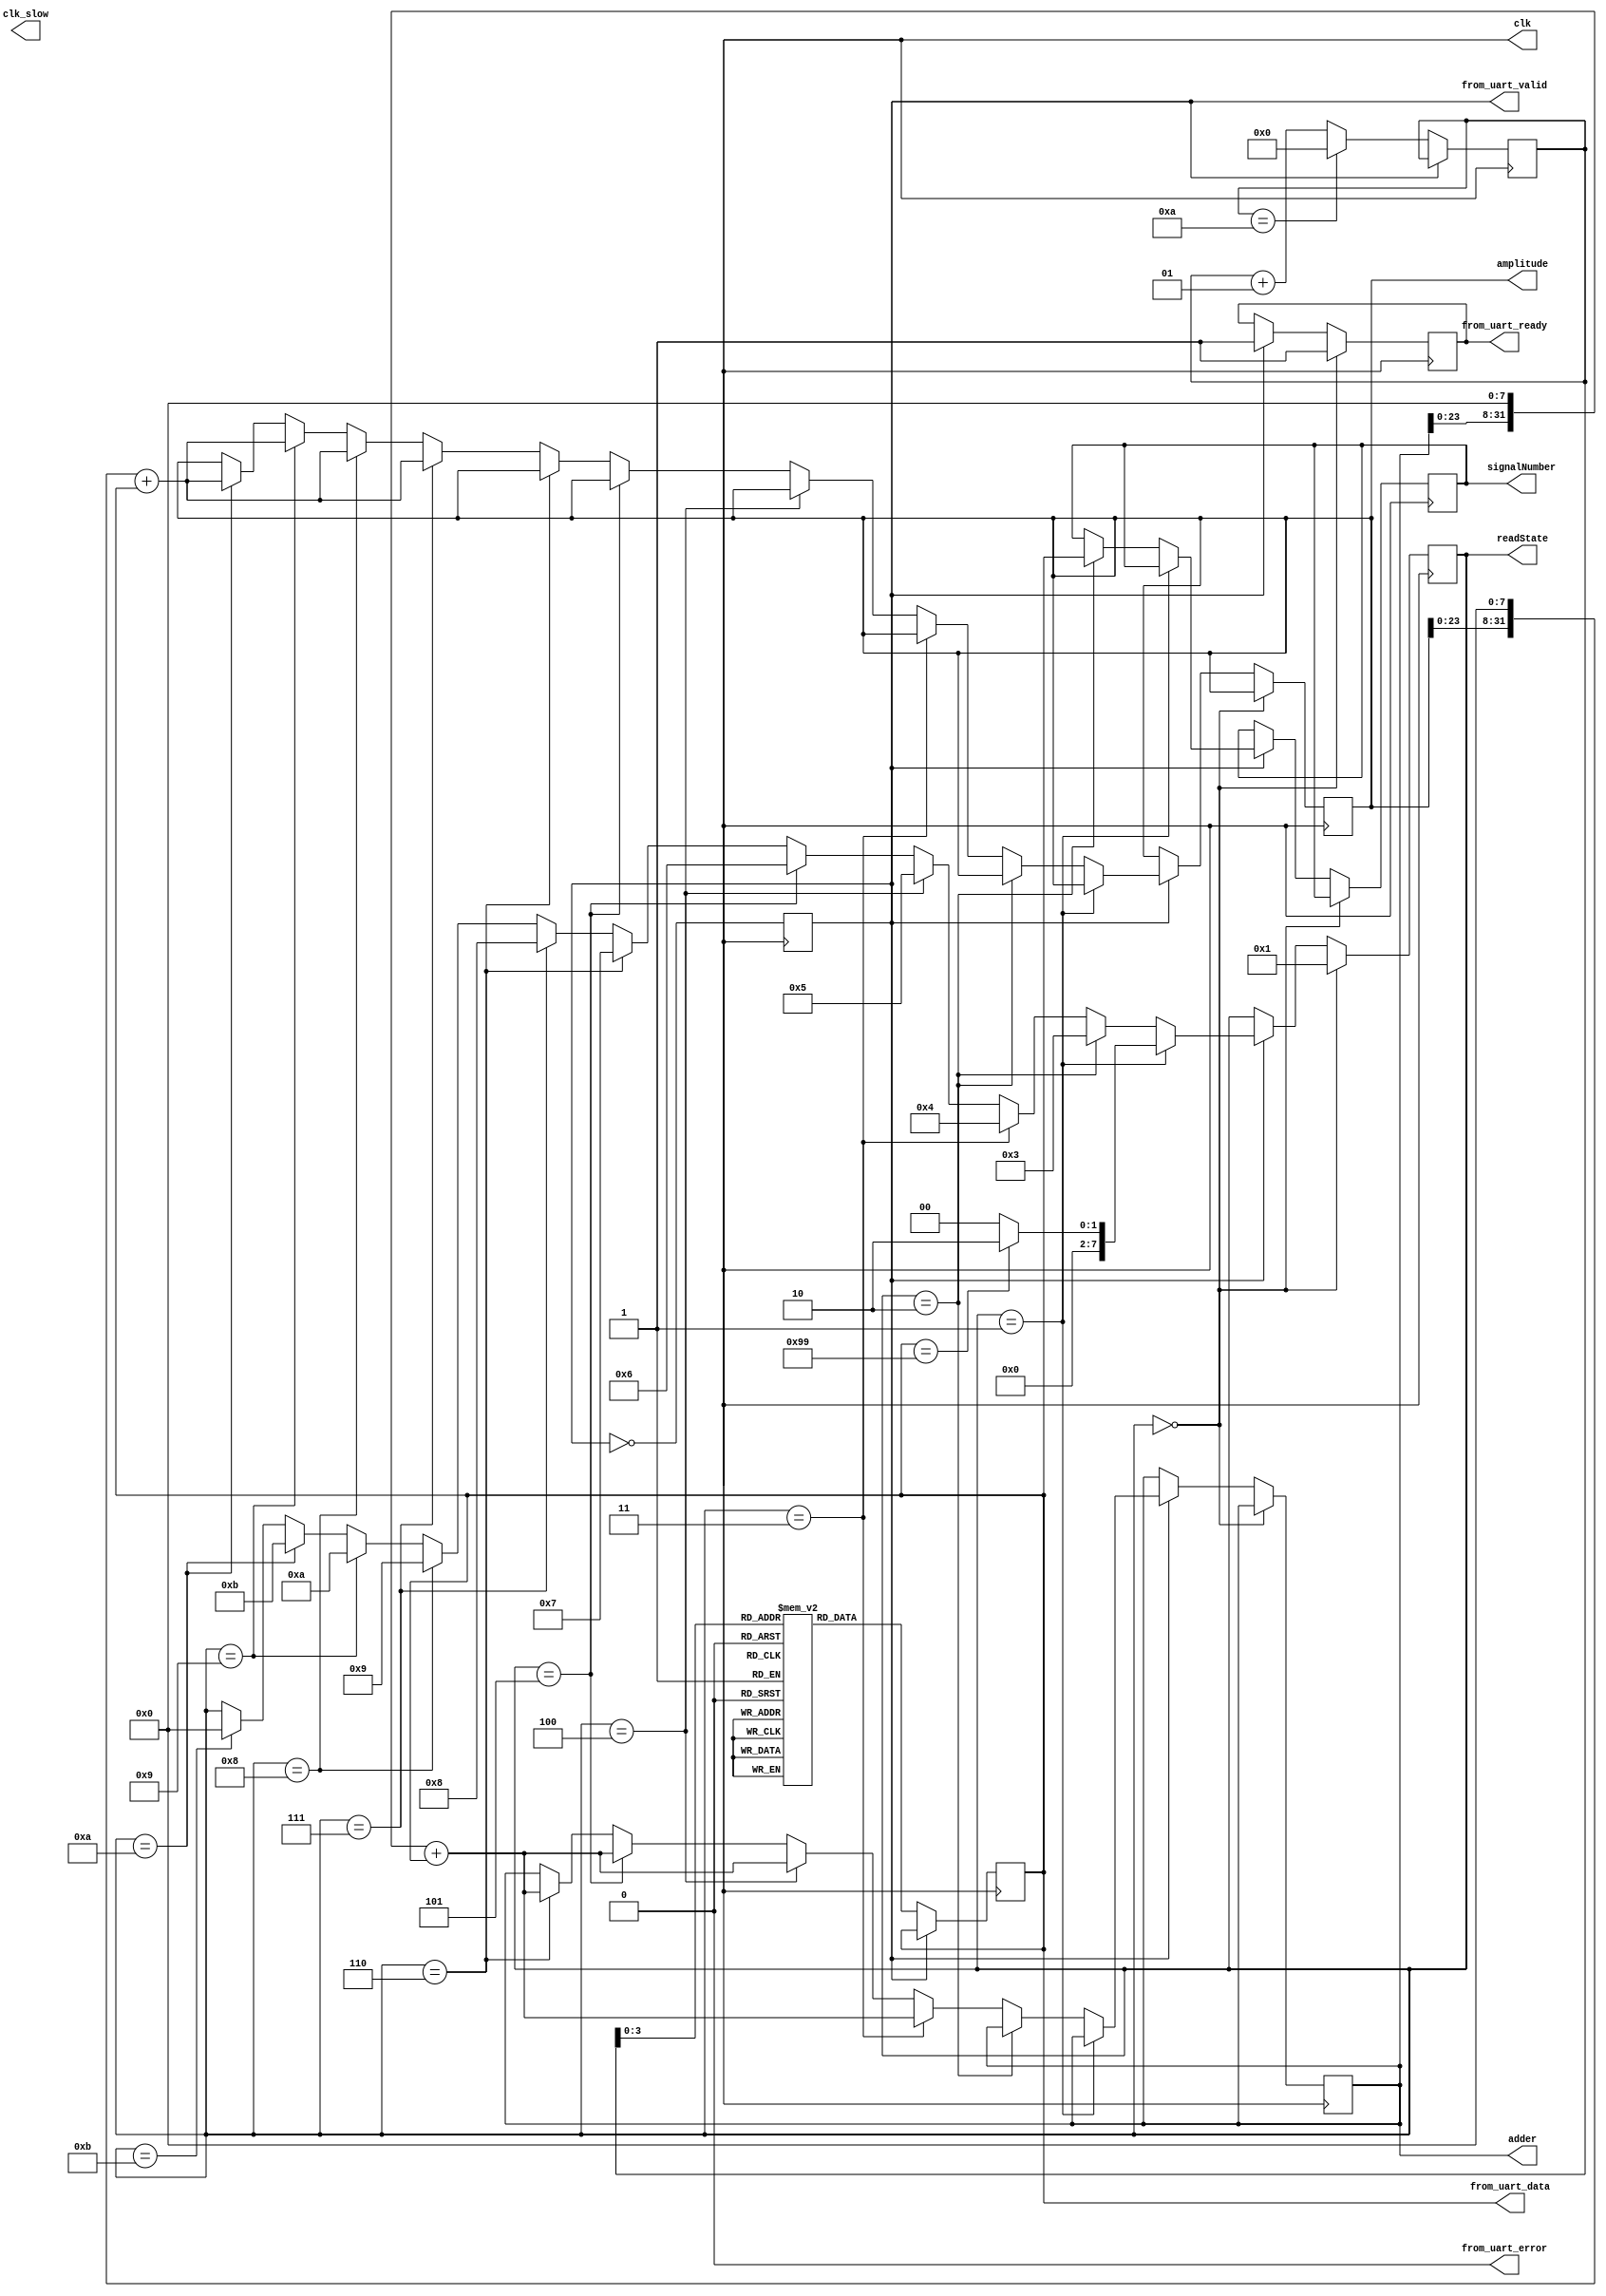
module uartRxTest(
	output reg from_uart_ready, 			// should be 1 to read from uart (from_uart_ready = 1'd1)

	output reg clk,
	output reg clk_slow,
	output reg [7:0] from_uart_data,
	output reg from_uart_error,
	output reg from_uart_valid,
	
	output reg [7:0] signalNumber,
	output reg [31:0] adder,
	output reg [31:0] amplitude,
	
	output reg [7:0] readState
);
	// read state machine
	parameter UART_READY_READ 				= 8'd0; 	// SOM - Start of message
	parameter UART_READ_SOM 				= 8'd1; 	// SOM - Start of message 
	parameter UART_READ_SIGNAL_NUMBER 	= 8'd2;
	parameter UART_READ_ADDER_31_24	 	= 8'd3;
	parameter UART_READ_ADDER_23_16 		= 8'd4;
	parameter UART_READ_ADDER_15_8 		= 8'd5;
	parameter UART_READ_ADDER_7_0 		= 8'd6;
	parameter UART_READ_AMPL_31_24	 	= 8'd7;
	parameter UART_READ_AMPL_23_16 		= 8'd8;
	parameter UART_READ_AMPL_15_8 		= 8'd9;
	parameter UART_READ_AMPL_7_0 			= 8'd10;
	parameter UART_READ_EOM 				= 8'd11; // EOM - End of message
	
	parameter UART_SOM 						= 8'd153;
	parameter UART_EOM 						= 8'd235;
	
	// read state
	initial readState	<= UART_READY_READ;
	
	// ---------- SIMULATION ----------
	
	initial signalNumber = 8'd0;
	initial adder = 32'd1000000;
	initial amplitude = 32'd1000000;
	
	initial clk = 1'd0;
	always #10 clk = ~clk;
	
	//initial from_uart_data = 8'd255;
	initial from_uart_error = 1'd0;
	initial from_uart_valid = 1'd0;
	
	reg [7:0] msg [10:0];
	integer i = 32'd0;
	initial begin
		for(i = 0; i < 11; i = i + 1) begin
			case (i)
				0: msg[i] <= 8'd153;
				1:	msg[i] <= 8'd1;
				2: msg[i] <= 8'd2;
				3: msg[i] <= 8'd3;
				4: msg[i] <= 8'd4;
				5: msg[i] <= 8'd5;
				6: msg[i] <= 8'd6;
				7: msg[i] <= 8'd7;
				8: msg[i] <= 8'd8;
				9: msg[i] <= 8'd9;
				10: msg[i] <= 8'd235;
			endcase
		end
	end
	
	integer j = 32'd0;
	always @(posedge clk) begin
		from_uart_valid <= ~from_uart_valid;
		if (~from_uart_valid) begin
			j <= (j == 10) ? 0 : j + 1;
			from_uart_data <= msg[j];
		end
	end
	
	// --------------------------------
	
	always @(posedge clk) begin
		if (readState == UART_READY_READ) begin
				from_uart_ready <= 1'd1;
				readState <= UART_READ_SOM;
			end
				else if (from_uart_valid) begin
					from_uart_ready <= 1'd0; // processing input
					
					if (readState == UART_READ_SOM) begin
							readState <= (from_uart_data == UART_SOM) ? UART_READ_SIGNAL_NUMBER : UART_READY_READ; /* handle error */
						end
							else if (readState == UART_READ_SIGNAL_NUMBER) begin
								signalNumber <= from_uart_data;
								readState <= UART_READ_ADDER_31_24;
							end
								else if (readState == UART_READ_ADDER_31_24) begin
									adder <= (adder << 8) + from_uart_data;
									readState <= UART_READ_ADDER_23_16;
								end
									else if (readState == UART_READ_ADDER_23_16) begin
										adder <= (adder << 8) + from_uart_data;
										readState <= UART_READ_ADDER_15_8;
									end
										else if (readState == UART_READ_ADDER_15_8) begin
											adder <= (adder << 8) + from_uart_data;
											readState <= UART_READ_ADDER_7_0;
										end
											else if (readState == UART_READ_ADDER_7_0) begin
												adder <= (adder << 8) + from_uart_data;
												readState <= UART_READ_AMPL_31_24;
											end
												else if (readState == UART_READ_AMPL_31_24) begin
													amplitude <= (amplitude << 8) + from_uart_data;
													readState <= UART_READ_AMPL_23_16;
												end
													else if (readState == UART_READ_AMPL_23_16) begin
														amplitude <= (amplitude << 8) + from_uart_data;
														readState <= UART_READ_AMPL_15_8;
													end
														else if (readState == UART_READ_AMPL_15_8) begin
															amplitude <= (amplitude << 8) + from_uart_data;
															readState <= UART_READ_AMPL_7_0;
														end
															else if (readState == UART_READ_AMPL_7_0) begin
																amplitude <= (amplitude << 8) + from_uart_data;
																readState <= UART_READ_EOM;
															end
																else if (readState == UART_READ_EOM) begin
																	readState <= (from_uart_data == UART_EOM) ? UART_READY_READ: UART_READY_READ; /* handle error */
																	readState <= UART_READY_READ;
																end
																
					 from_uart_ready <= 1'd1; // ready to get new msg
				end
					else /* wait for valid msg */ ;
	end
	
endmodule